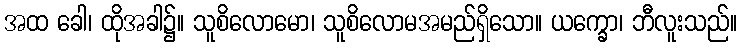
အထ ခေါ၊ ထိုအခါ၌။ သူစိလောမော၊ သူစိလောမအမည်ရှိသော။ ယက္ခော၊ ဘီလူးသည်။